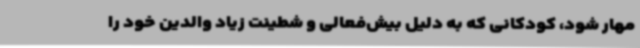
مهار شود، کودکانی که به دلیل بیش‌فعالی و شطینت زیاد والدین خود را